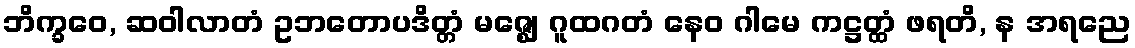
ဘိက္ခဝေ, ဆဝါလာတံ ဥဘတောပဒိတ္တံ မဇ္ဈေ ဂူထဂတံ နေဝ ဂါမေ ကဋ္ဌတ္ထံ ဖရတိ, န အရညေ